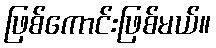
ဖြစ်ကောင်းဖြစ်မယ်။